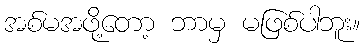
အစ်မအဖို့တော့ ဘာမှ မဖြစ်ပါဘူး။